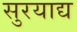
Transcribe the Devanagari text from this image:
सुरयाद्य